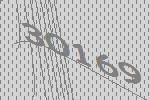
30169